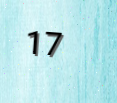
17